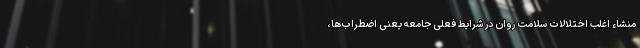
منشاء اغلب اختلالات سلامت روان در شرایط فعلی جامعه یعنی اضطراب‌ها،